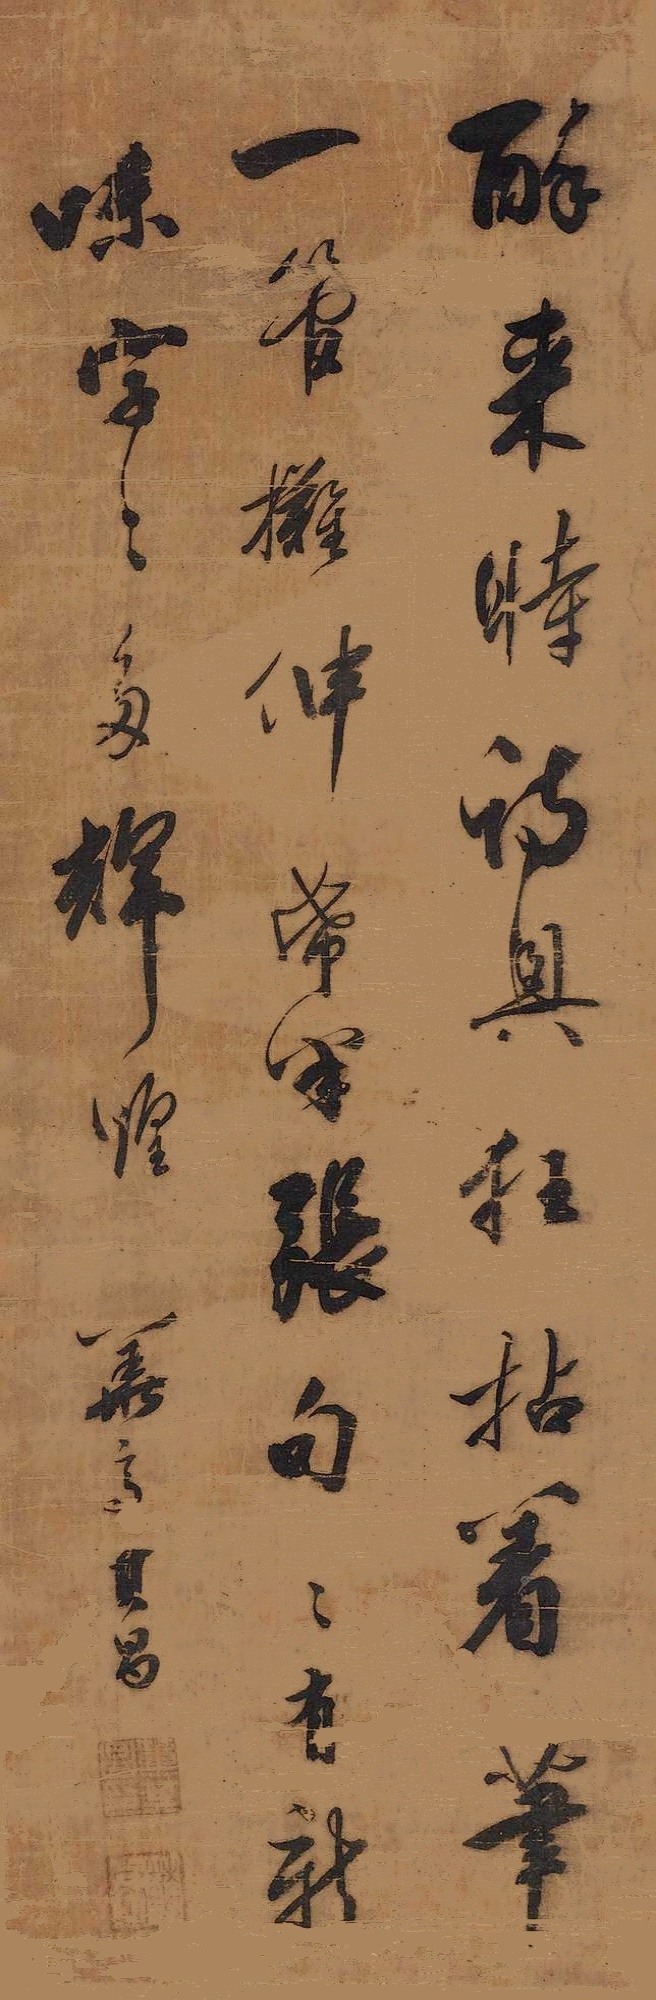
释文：醉来时诗兴狂，拈着笔一管。摊伸纸半张，句句有新味，字字多辉煌。华亭其昌。